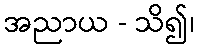
အညာယ - သိ၍၊